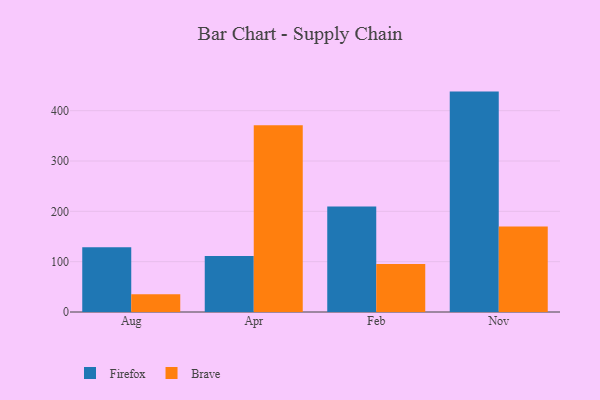
{"axis": {"x": "Month", "y": "Bounce Rate (%)"}, "legend": ["Brave", "Firefox"], "data": [{"x": "Aug", "y": 128.6, "type": "Firefox"}, {"x": "Aug", "y": 35.1, "type": "Brave"}, {"x": "Apr", "y": 111.1, "type": "Firefox"}, {"x": "Apr", "y": 371.2, "type": "Brave"}, {"x": "Feb", "y": 209.7, "type": "Firefox"}, {"x": "Feb", "y": 95.4, "type": "Brave"}, {"x": "Nov", "y": 437.9, "type": "Firefox"}, {"x": "Nov", "y": 170.1, "type": "Brave"}]}